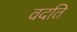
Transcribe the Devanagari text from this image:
वदति